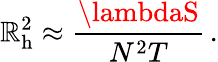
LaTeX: \mathbb{R}_{\mathrm{{h}}}^{2}\approx{\frac{{\lambdaS}}{{N^{2}T}}}\, .